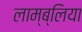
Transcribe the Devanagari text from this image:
लाम्ब्लिया